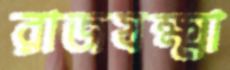
রাজযক্ষ্মা